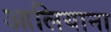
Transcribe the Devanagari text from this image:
आलियाना